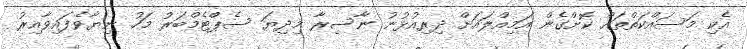
އެކި މަސައްކަތްތައް ކޮށްގެން އަމިއްލައަށް ދިރިއުޅުނު ނާސިރާ މިދިޔަ ސެޕްޓެމްބަރު މަހު ނިޔާވެފައިވާއިރު